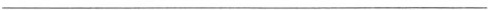
___